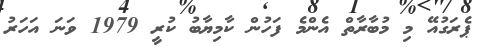
ޕެރަގުއޭ މި މުބާރާތް އެންމެ ފަހުން ކާމިޔާބު ކުރީ 1979 ވަނަ އަހަރު